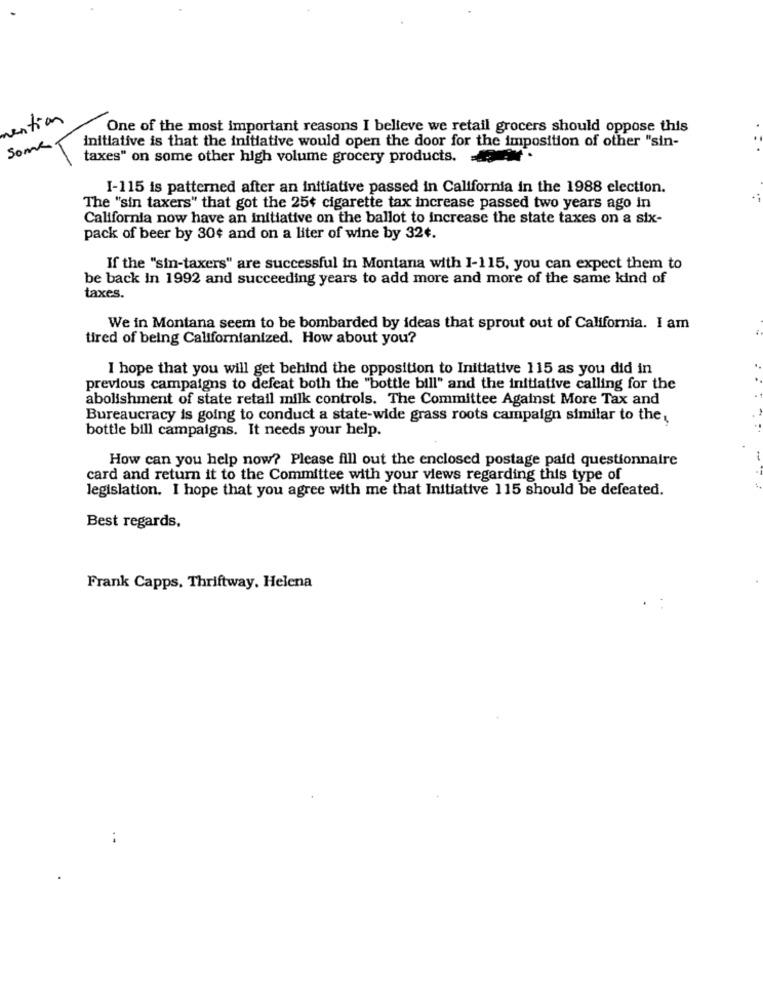
mention
One of the most important reasons I believe we retail grocers should oppose this
Some
initiative is that the initiative would open the door for the imposition of other "sin-
taxes" on some other high volume grocery products.
I-115 is patterned after an initiative passed in California in the 1988 election.
.;
The "sin taxers" that got the 25¢ cigarette tax increase passed two years ago In
California now have an initiative on the ballot to increase the state taxes on a six-
pack of beer by 30¢ and on a liter of wine by 32¢.
If the "sin-taxers" are successful in Montana with 1-115, you can expect them to
be back In 1992 and succeeding years to add more and more of the same kind of
taxes.
We in Montana seem to be bombarded by ideas that sprout out of California. I am
tired of being Californianized. How about you?
I hope that you will get behind the opposition to Initiative 115 as you did in
previous campaigns to defeat both the "bottle bill" and the initiative calling for the
abolishment of state retail milk controls. The Committee Against More Tax and
Bureaucracy is going to conduct a state-wide grass roots campaign similar to the,
bottle bill campaigns. It needs your help.
How can you help now? Please fill out the enclosed postage paid questionnaire
card and return it to the Committee with your views regarding this type of
legislation. I hope that you agree with me that Initiative 115 should be defeated.
Best regards,
Frank Capps, Thriftway, Helena